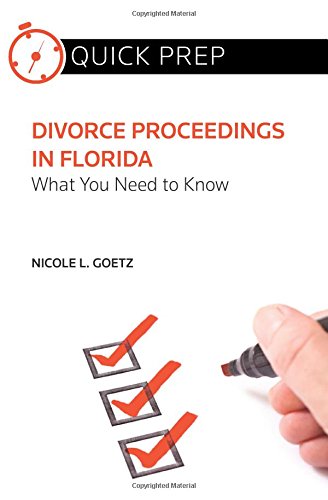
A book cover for Divorce Proceedings in Florida: What You Need to Know (Quick Prep); Nicole L. Goetz; Law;